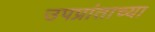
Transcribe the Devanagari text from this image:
उपप्रांताच्या